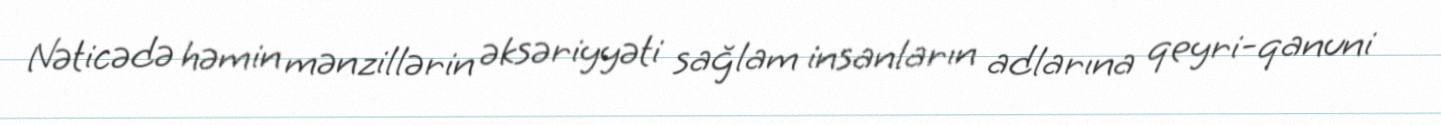
Nəticədə həmin mənzillərin əksəriyyəti sağlam insanların adlarına qeyri-qanuni